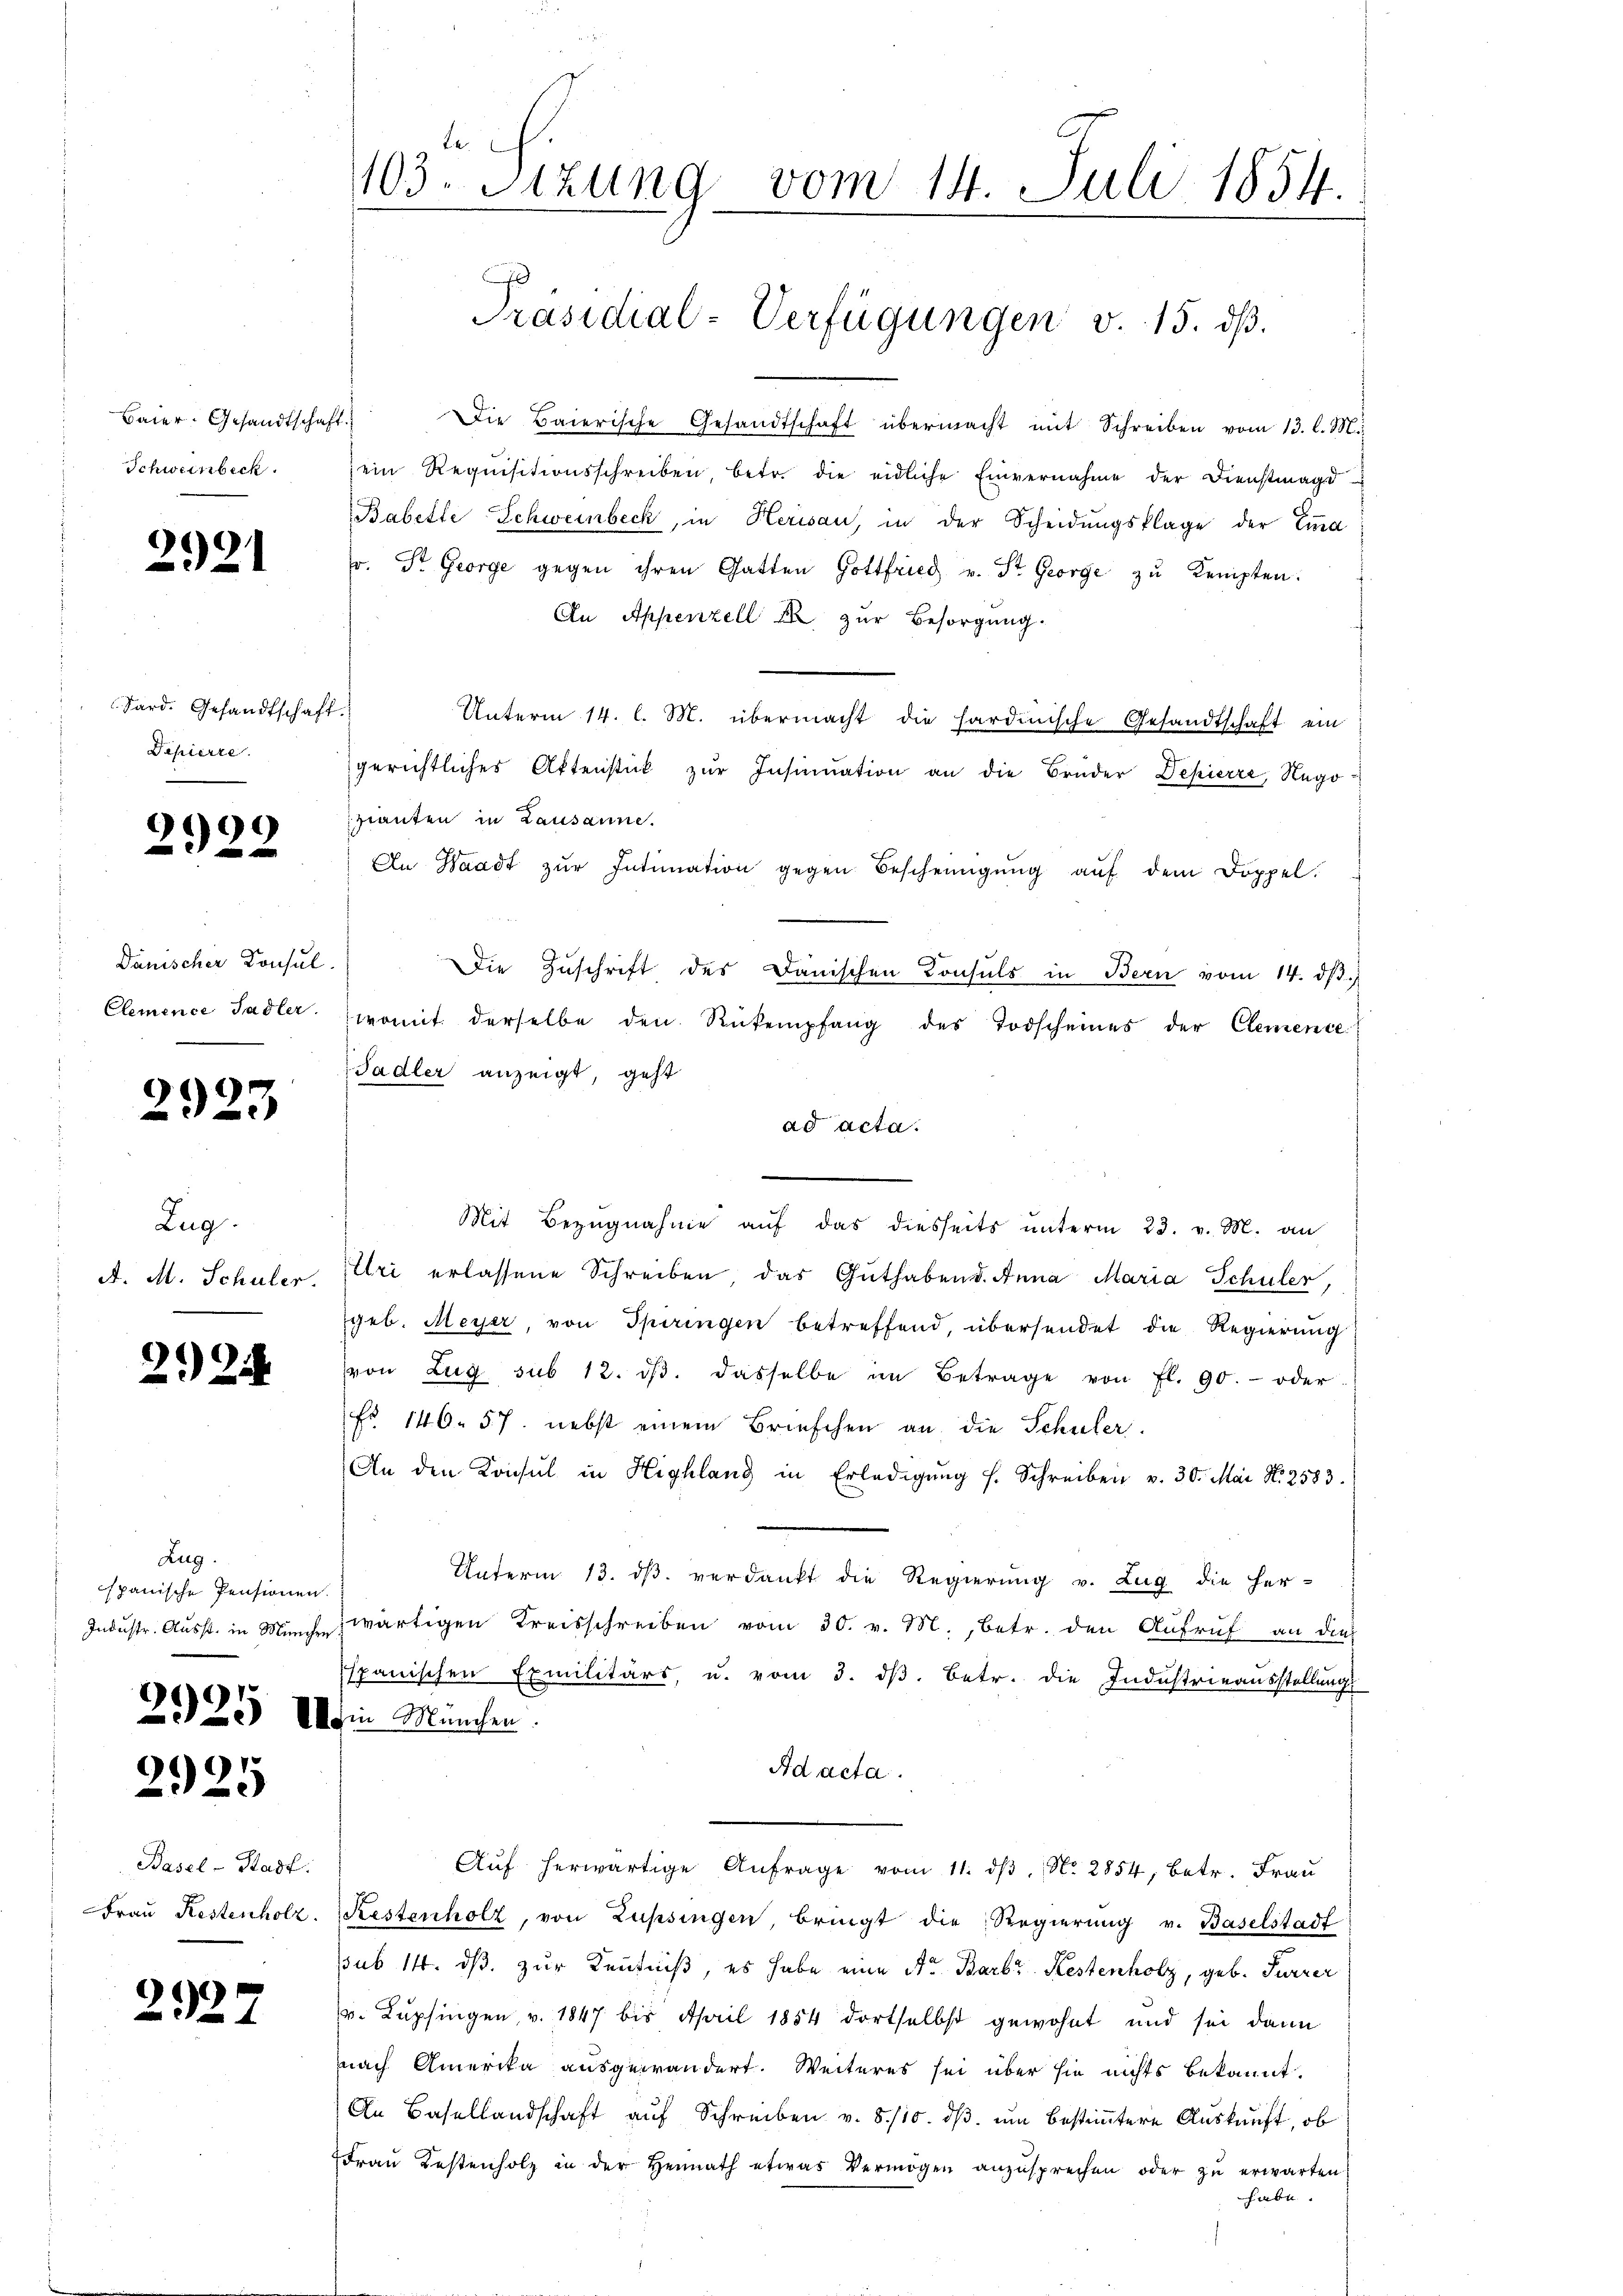
Baier. Gesandtschaft.
Schweinbeck.

2921

Sard. Gesandtschaft.
Depierre.

999

Dänischer Konsul
Clemence Sadler.

2923

Zug.
 A. M. Schuler.

224

Zug.
spanische Pensionen.
Industr. Ausst. in München

p
292.

2925

Basel-Stadt.
Frau Kestenholz.

)
2921

te
103. Stzung vom 14. Juli 1854.
.
Präsidial-Verfügungen v. 15. dβ.

Die Baierische Gesandtschaft übermacht mit Schreiben vom 13. l. M.
ein Requisitionsschreiben, betr. die eidliche Einvernahme der Dienstmagd u
Babelle Schweinbeck, in Herisau, in der Scheidŭngsklage der Ema
so. St. George gegen ihren Gatten Gottfried v. St. George zu Kempten.
An Appenzell I zur Besorgung.
Unterm 14. l. M. übermacht die hardinische Gesandtschaft ein
gerichtliches Aktenstück zŭr Insinuation an die Bruder Depierre, Nego
granten in Lausanne.
An Waadt zŭr Intimation gegen Bescheinigŭng aŭf dem Doppel.
Die Zuschrift des Danischen Consuls in Bern vom 14. dβ.
womit derselbe den Rükempfang des Todscheines der Clemente
Padler anzeigt, geht
ad acta.
Mit Bezugnahme auf das diesseits unterm 23. v. M. an
Uri erlassene Schreiben das Guthabend. Anna Maria Schüler,
geb. Meyer, von Spiringen betreffend, übersendet die Regierung
von Zug sub 12. dβ. dasselbe im Betrage von fl. 90. - oder
No 140. 57. nebst einem Briefchen an die Schuler
An den Konsul in Highlang in Erledigŭng f. Schreiben v. 30. Mai N. 2583.
Unterm 13. dβ verdankt die Regierŭng v. Zug die her-
wärtigen Kreisschreiben vom 30. v. 182. Betr. den Aufruf an dies
spanischen Exmilitärs, u. vom 3. dβ. betr. die Industrieausstellungs
Dein Manchen.
Ad acta.
Aŭf herwärtige Anfrage vom 11. dβ. N. 2854, betr. Frau
Restenholz, von Zupsingen, bringt die Regierung v. Baselstadt
psub 14. ds. zur Kenntniß, es habe eine Str. Barb. Restenholz, geb. Furrer
u. Lupfingen, v. 1847 bis April 1854 dortselbst gewohnt und sei dann
nach Amerika ausgewandert. Weiteres sei über sie nichts bekannt.
An Basellandschaft aŭf Schreiben v. 8./10. dβ ŭm bestimmtere Auskunft, ob
Frau Kostenholz in der Heimath etwas Vermögen anzusprechen oder zu erwarten
habe.